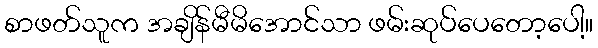
စာဖတ်သူက အချိန်မီမိအောင်သာ ဖမ်းဆုပ်ပေတော့ပေါ့။